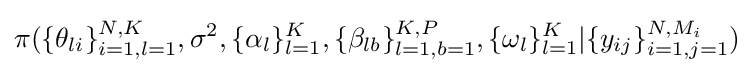
\pi (\{\theta _{li}\}_{i=1,l=1}^{N,K},\sigma ^{2},\{\alpha _{l}\}_{l=1}^{K},\{\beta _{lb}\}_{l=1,b=1}^{K,P},\{\omega _{l}\}_{l=1}^{K}|\{y_{ij}\}_{i=1,j=1}^{N,M_{i}})